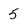
Character: 5